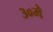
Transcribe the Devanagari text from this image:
३०मे